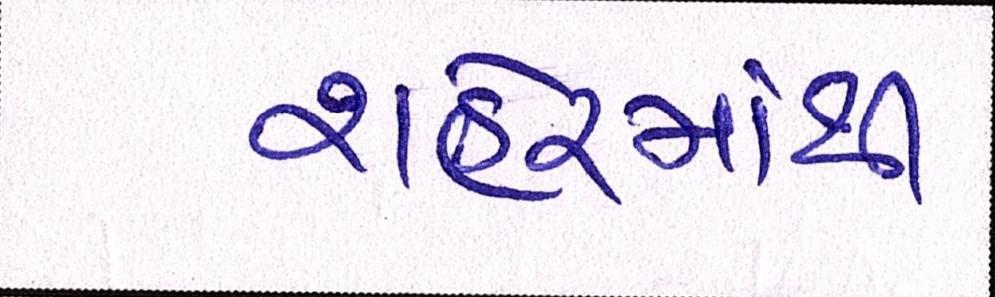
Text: શહેરમાંથી